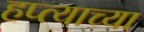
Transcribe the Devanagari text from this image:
हप्‍त्याच्या